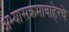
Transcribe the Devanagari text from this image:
अभ्यासक्रमाबाहेरचे